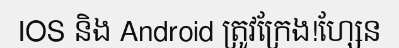
IOS និង Android ត្រូវក្រែង!ហ្សែន